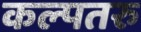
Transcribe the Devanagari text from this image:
कल्‍पतरु